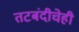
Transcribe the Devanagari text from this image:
तटबंदीचेही